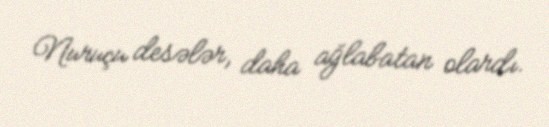
Nuruçu desələr, daha ağlabatan olardı.